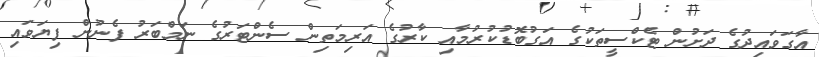
އާގަވައިދުގެ ދަށުން ޓެކްސީތަކުގެ އަގުބޮޑުކުރުމާއި ކާރުގެ އަރިމަތިން ސެންޓަރުގެ ނަމްބަރު ފެނުން ފިޔަވައި